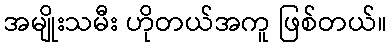
အမျိုးသမီး ဟိုတယ်အကူ ဖြစ်တယ်။